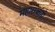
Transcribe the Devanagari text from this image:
महारांजांनी